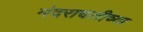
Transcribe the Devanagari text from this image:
मंदराचलीच्या